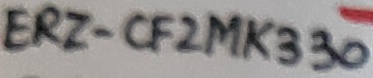
Text: ERZ-CF2MK330